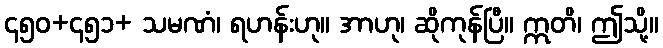
၄၅၀+၄၅၁+ သမဏံ၊ ရဟန်းဟု။ အာဟု၊ ဆိုကုန်ပြီ။ ဣတိ၊ ဤသို့။